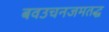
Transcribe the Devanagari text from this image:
बवउचनजमतद्ध